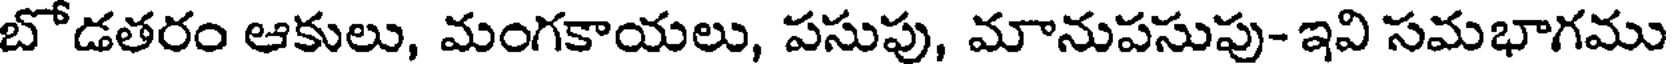
బోడతరం ఆకులు, మంగకాయలు, పసుపు, మానుపసుపు- ఇవి సమభాగము